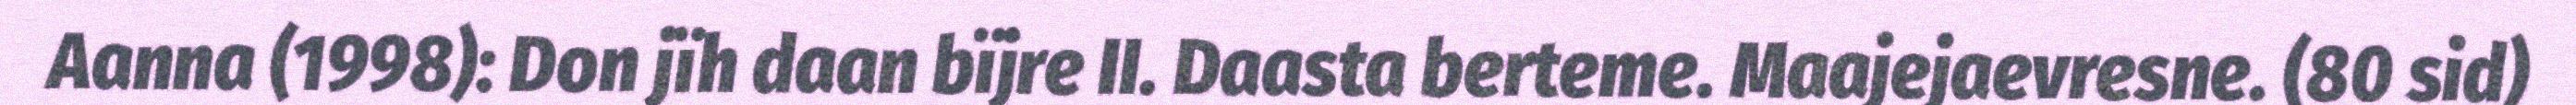
Aanna (1998): Don jïh daan bïjre II. Daasta berteme. Maajejaevresne. (80 sid)